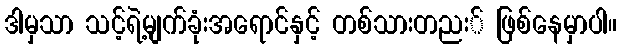
ဒါမှသာ သင့်ရဲ့မျက်ခုံးအရောင်နှင့် တစ်သားတညး် ဖြစ်နေမှာပါ။